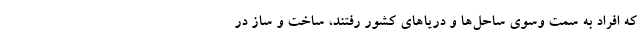
که افراد به سمت وسوی ساحل‌ها و دریا‌های کشور رفتند، ساخت و ساز در